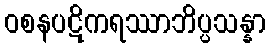
ဝစနပဋိကရဿာဘိပ္ပသန္နာ